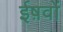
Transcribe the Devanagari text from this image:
ईष़वों